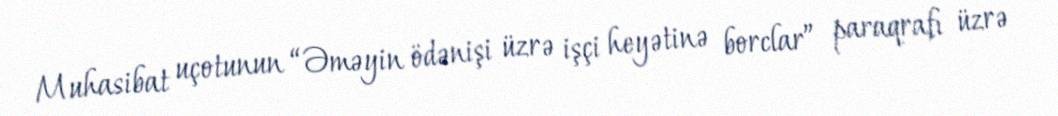
Muhasibat uçotunun “Əməyin ödənişi üzrə işçi heyətinə borclar” paraqrafı üzrə